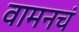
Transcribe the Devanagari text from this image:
वामनचं